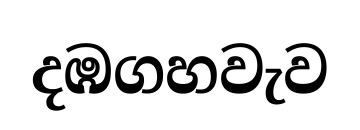
දඹගහවැව